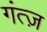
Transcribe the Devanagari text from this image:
गंत्ज़